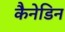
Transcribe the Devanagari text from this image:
कैनेडिन